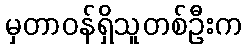
မှတာဝန်ရှိသူတစ်ဦးက